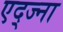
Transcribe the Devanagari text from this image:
एद्ज्ना